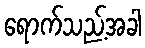
ရောက်သည့်အခါ